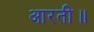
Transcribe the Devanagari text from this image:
आरती॥